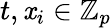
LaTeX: t,\mathit{x}_{i}\in\mathbb{{Z}}_{p}